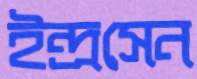
ইন্দ্রসেন